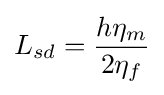
L_{sd}={\frac {h\eta _{m}}{2\eta _{f}}}